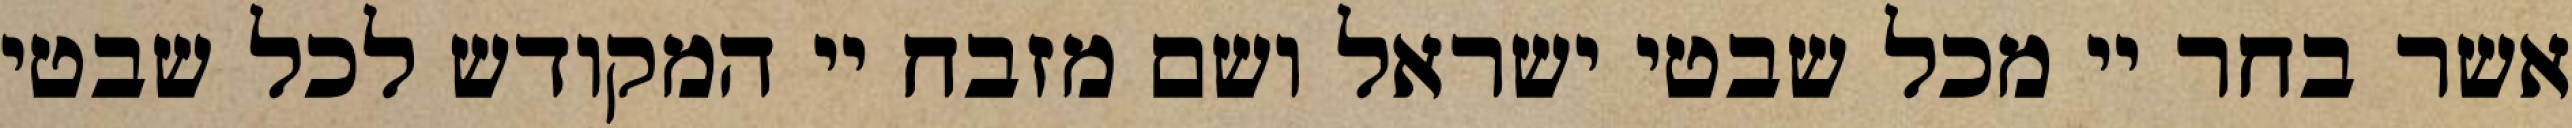
אשר בחר יי מכל שבטי ישראל ושם מזבח יי המקודש לכל שבטי